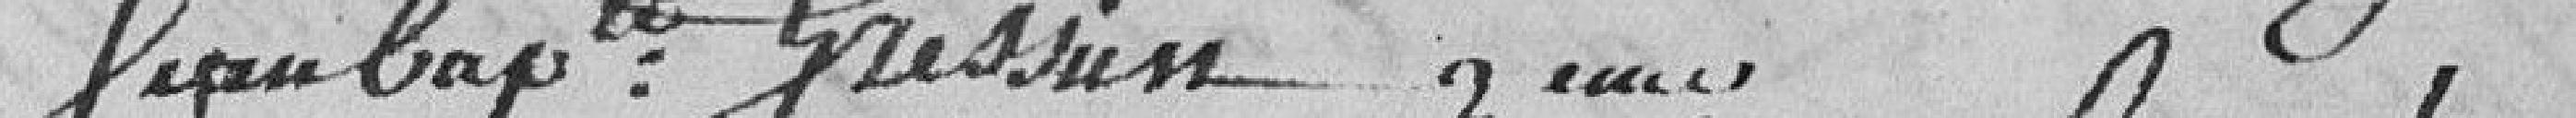
Jean-Baptiste Gressien